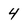
Character: 4